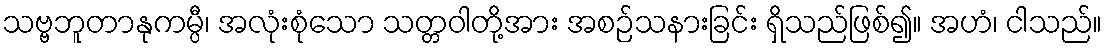
သဗ္ဗဘူတာနုကမ္ပီ၊ အလုံးစုံသော သတ္တဝါတို့အား အစဉ်သနားခြင်း ရှိသည်ဖြစ်၍။ အဟံ၊ ငါသည်။